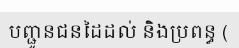
បញ្ជូនជនដៃដល់ និងប្រពន្ធ (